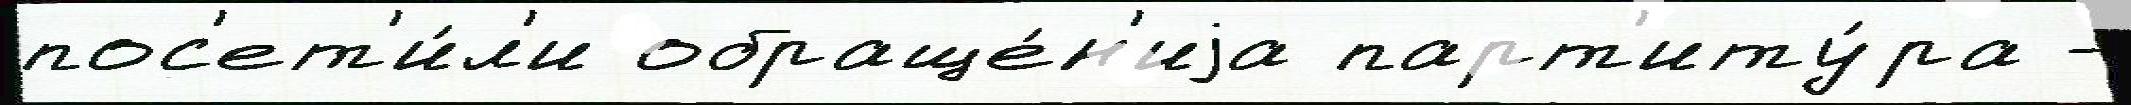
пос'ет'и́л'и обраще́н'иjа парт'иту́ра -